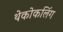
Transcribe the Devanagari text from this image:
थेकोकलिंग